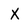
Character: X